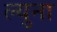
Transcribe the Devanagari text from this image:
ल्युना